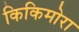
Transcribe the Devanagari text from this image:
किकिमोरा